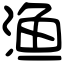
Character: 渔